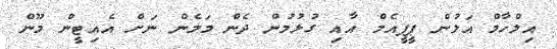
އިލްހާމް އަލުން ޕީޕީއެމް އާއި ގުޅުމުން ދެން މަމެން ނަށް އެއިޓީން މޫން